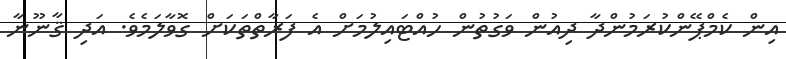
އިން ކެމްޕޭންކުރަމުންދާ ދިއުން ވަގުތުން ހުއްޓައިލުމަށް އެ ފަރާތްތަކަށް ގޮވާލަމެވެ. އަދި ޤާނޫނާ